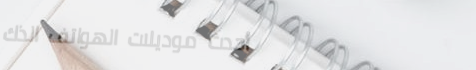
أحدث موديلات الهواتف الذك